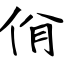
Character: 佾